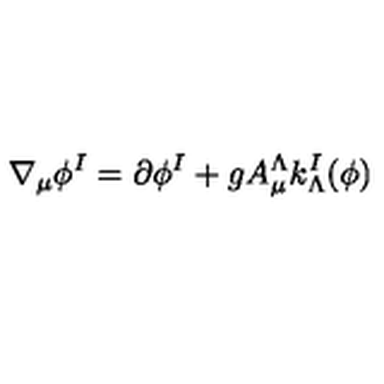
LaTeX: \nabla _ { \mu } \phi ^ { I } = \partial \phi ^ { I } + g A _ { \mu } ^ { \Lambda } k _ { \Lambda } ^ { I } ( \phi )